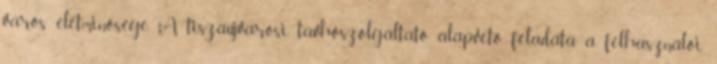
város életminősége. A tiszaújvárosi távhőszolgáltató alapvető feladata a felhasználói